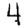
Digit: 4